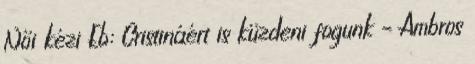
Női kézi Eb: Cristináért is küzdeni fogunk – Ambros